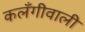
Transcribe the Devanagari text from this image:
कलँगीवाली